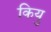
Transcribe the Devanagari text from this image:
कियु